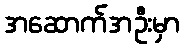
အဆောက်အဦးမှာ